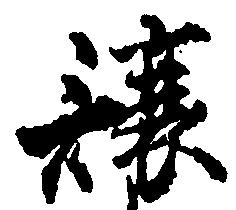
譲